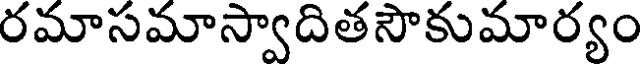
రమాసమాస్వాదితసౌకుమార్యం